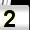
Digit: 2